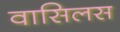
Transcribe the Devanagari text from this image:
वासिलस